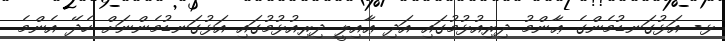
ޅ- އަޅުގަނޑުމެންގެ ޢާންމު ދިރިއުޅުމުގައި އަދި ޢާއިލީ ދިރިއުޅުމުގައި އަޅުގަނޑުމެންނަށް ހެދޭ އެންމެ